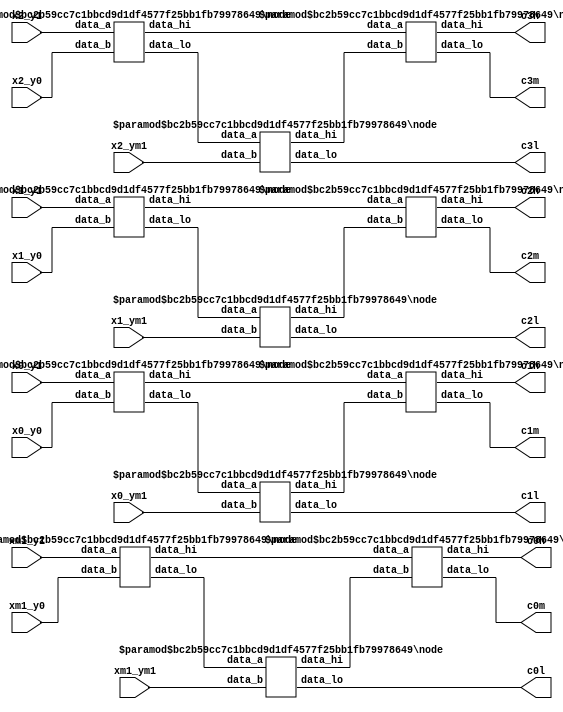
`define DEBUG

module common_network
#(
    parameter DATA_WIDTH = 8
)(
    input [DATA_WIDTH-1:0] x2_y1,
    input [DATA_WIDTH-1:0] x2_y0,
    input [DATA_WIDTH-1:0] x2_ym1,
    input [DATA_WIDTH-1:0] x1_y1,
    input [DATA_WIDTH-1:0] x1_y0,
    input [DATA_WIDTH-1:0] x1_ym1,
    input [DATA_WIDTH-1:0] x0_y1,
    input [DATA_WIDTH-1:0] x0_y0,
    input [DATA_WIDTH-1:0] x0_ym1,
    input [DATA_WIDTH-1:0] xm1_y1,
    input [DATA_WIDTH-1:0] xm1_y0,
    input [DATA_WIDTH-1:0] xm1_ym1,

    output [DATA_WIDTH-1:0] c3l,
    output [DATA_WIDTH-1:0] c3h,
    output [DATA_WIDTH-1:0] c3m,
    output [DATA_WIDTH-1:0] c2l,
    output [DATA_WIDTH-1:0] c2h,
    output [DATA_WIDTH-1:0] c2m,
    output [DATA_WIDTH-1:0] c1l,
    output [DATA_WIDTH-1:0] c1h,
    output [DATA_WIDTH-1:0] c1m,
    output [DATA_WIDTH-1:0] c0h,
    output [DATA_WIDTH-1:0] c0m,
    output [DATA_WIDTH-1:0] c0l
);

    // Connection signals
    wire [DATA_WIDTH-1:0] node_u0_hi;
    wire [DATA_WIDTH-1:0] node_u0_lo;
    wire [DATA_WIDTH-1:0] node_u1_hi;
    wire [DATA_WIDTH-1:0] node_u1_lo;
    wire [DATA_WIDTH-1:0] node_u2_hi;
    wire [DATA_WIDTH-1:0] node_u2_lo;
    wire [DATA_WIDTH-1:0] node_u3_hi;
    wire [DATA_WIDTH-1:0] node_u3_lo;
    wire [DATA_WIDTH-1:0] node_u4_hi;
    wire [DATA_WIDTH-1:0] node_u4_lo;
    wire [DATA_WIDTH-1:0] node_u5_hi;
    wire [DATA_WIDTH-1:0] node_u5_lo;
    wire [DATA_WIDTH-1:0] node_u6_hi;
    wire [DATA_WIDTH-1:0] node_u6_lo;
    wire [DATA_WIDTH-1:0] node_u7_hi;
    wire [DATA_WIDTH-1:0] node_u7_lo;
    wire [DATA_WIDTH-1:0] node_u8_hi;
    wire [DATA_WIDTH-1:0] node_u8_lo;
    wire [DATA_WIDTH-1:0] node_u9_hi;
    wire [DATA_WIDTH-1:0] node_u9_lo;
    wire [DATA_WIDTH-1:0] node_u10_hi;
    wire [DATA_WIDTH-1:0] node_u10_lo;
    wire [DATA_WIDTH-1:0] node_u11_hi;
    wire [DATA_WIDTH-1:0] node_u11_lo;
    wire [DATA_WIDTH-1:0] node_u12_hi;
    wire [DATA_WIDTH-1:0] node_u12_lo;

    // Output assignment
    assign c3l = node_u4_lo;
    assign c3h = node_u8_hi;
    assign c3m = node_u8_lo;
    assign c2l = node_u5_lo;
    assign c2h = node_u9_hi;
    assign c2m = node_u9_lo;
    assign c1l = node_u6_lo;
    assign c1h = node_u10_hi;
    assign c1m = node_u10_lo;
    assign c0h = node_u11_hi;
    assign c0m = node_u11_lo;
    assign c0l = node_u7_lo;

    // Column 3
    node
    #(
        .DATA_WIDTH(DATA_WIDTH),
        .LOW_MUX(1), // enable low output
        .HI_MUX(1) // enable high output
    ) node_u0 (
        .data_a(x2_y1),
        .data_b(x2_y0),

        .data_hi(node_u0_hi),
        .data_lo(node_u0_lo)
    );

    node
    #(
        .DATA_WIDTH(DATA_WIDTH),
        .LOW_MUX(1), // enable low output
        .HI_MUX(1) // enable high output
    ) node_u1 (
        .data_a(x1_y1),
        .data_b(x1_y0),

        .data_hi(node_u1_hi),
        .data_lo(node_u1_lo)
    );

    node
    #(
        .DATA_WIDTH(DATA_WIDTH),
        .LOW_MUX(1), // enable low output
        .HI_MUX(1) // enable high output
    ) node_u2 (
        .data_a(x0_y1),
        .data_b(x0_y0),

        .data_hi(node_u2_hi),
        .data_lo(node_u2_lo)
    );

    // Column 2
    node
    #(
        .DATA_WIDTH(DATA_WIDTH),
        .LOW_MUX(1), // enable low output
        .HI_MUX(1) // enable high output
    ) node_u3 (
        .data_a(xm1_y1),
        .data_b(xm1_y0),

        .data_hi(node_u3_hi),
        .data_lo(node_u3_lo)
    );

    node
    #(
        .DATA_WIDTH(DATA_WIDTH),
        .LOW_MUX(1), // enable low output
        .HI_MUX(1) // enable high output
    ) node_u4 (
        .data_a(node_u0_lo),
        .data_b(x2_ym1),

        .data_hi(node_u4_hi),
        .data_lo(node_u4_lo)
    );

    node
    #(
        .DATA_WIDTH(DATA_WIDTH),
        .LOW_MUX(1), // enable low output
        .HI_MUX(1) // enable high output
    ) node_u5 (
        .data_a(node_u1_lo),
        .data_b(x1_ym1),

        .data_hi(node_u5_hi),
        .data_lo(node_u5_lo)
    );

    // Column 1
    node
    #(
        .DATA_WIDTH(DATA_WIDTH),
        .LOW_MUX(1), // enable low output
        .HI_MUX(1) // enable high output
    ) node_u6 (
        .data_a(node_u2_lo),
        .data_b(x0_ym1),

        .data_hi(node_u6_hi),
        .data_lo(node_u6_lo)
    );

    node
    #(
        .DATA_WIDTH(DATA_WIDTH),
        .LOW_MUX(1), // enable low output
        .HI_MUX(1) // enable high output
    ) node_u7 (
        .data_a(node_u3_lo),
        .data_b(xm1_ym1),

        .data_hi(node_u7_hi),
        .data_lo(node_u7_lo)
    );

    node
    #(
        .DATA_WIDTH(DATA_WIDTH),
        .LOW_MUX(1), // enable low output
        .HI_MUX(1) // enable high output
    ) node_u8 (
        .data_a(node_u0_hi),
        .data_b(node_u4_hi),

        .data_hi(node_u8_hi),
        .data_lo(node_u8_lo)
    );

    // Column 0
    node
    #(
        .DATA_WIDTH(DATA_WIDTH),
        .LOW_MUX(1), // enable low output
        .HI_MUX(1) // enable high output
    ) node_u9 (
        .data_a(node_u1_hi),
        .data_b(node_u5_hi),

        .data_hi(node_u9_hi),
        .data_lo(node_u9_lo)
    );

    node
    #(
        .DATA_WIDTH(DATA_WIDTH),
        .LOW_MUX(1), // enable low output
        .HI_MUX(1) // enable high output
    ) node_u10 (
        .data_a(node_u2_hi),
        .data_b(node_u6_hi),

        .data_hi(node_u10_hi),
        .data_lo(node_u10_lo)
    );

    node
    #(
        .DATA_WIDTH(DATA_WIDTH),
        .LOW_MUX(1), // enable low output
        .HI_MUX(1) // enable high output
    ) node_u11 (
        .data_a(node_u3_hi),
        .data_b(node_u7_hi),

        .data_hi(node_u11_hi),
        .data_lo(node_u11_lo)
    );

endmodule

module node
#(
    parameter DATA_WIDTH = 8,
    parameter LOW_MUX = 1, // disable low output
    parameter HI_MUX = 1 // disable hight output
)(
    input [DATA_WIDTH-1:0] data_a,
    input [DATA_WIDTH-1:0] data_b,

    output reg [DATA_WIDTH-1:0] data_hi,
    output reg [DATA_WIDTH-1:0] data_lo
);


    reg sel0;

    always @(*)
    begin : comparator
        if(data_a < data_b) begin
            sel0 = 1'b0; // data_a : lo / data_b : hi
        end else begin
            sel0 = 1'b1; // data_b : lo / data_a : hi
        end
    end


    always @(*)
    begin : mux_lo_hi
        case (sel0)
            1'b0 :
            begin
                if(LOW_MUX == 1)
                    data_lo = data_a;
                if(HI_MUX == 1)
                    data_hi = data_b;
            end
            1'b1 :
            begin
                if(LOW_MUX == 1)
                    data_lo = data_b;
                if(HI_MUX == 1)
                    data_hi = data_a;
            end
            default :
            begin
                data_lo = {DATA_WIDTH{1'b0}};
                data_hi = {DATA_WIDTH{1'b0}};
            end
        endcase
    end

endmodule/* --------------------------------------------------------------------------------